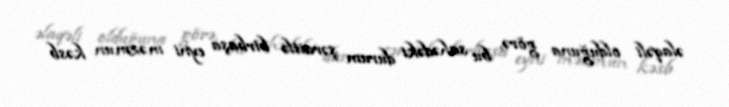
əlaqəli olduğuna görə, bu sahədəki durum şəraitlə birbaşa eyni məzmun kəsb